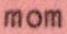
mom